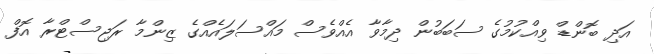
އަދި ބޮންޑް ވިއްކުމުގެ ސަބަބުން ދިމާވާ އެއްވެސް މައްސަލައެއްގެ ޒިންމާ ރަޖިސްޓްރާ އޮފް